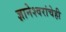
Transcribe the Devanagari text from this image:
ज्ञानेश्वरांचेही